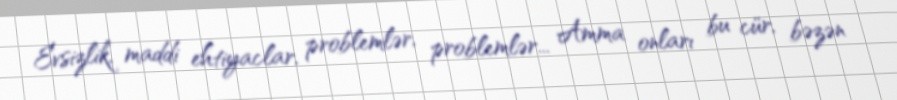
Evsizlik, maddi ehtiyaclar, problemlər, problemlər... Amma onları bu cür, bəzən